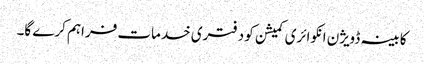
کابینہ ڈویژن انکوائری کمیشن کو دفتری خدمات فراہم کرے گا۔